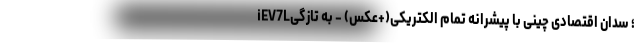
iEV7L؛ سدان اقتصادی چینی با پیشرانه تمام الکتریکی(+عکس) - به تازگی